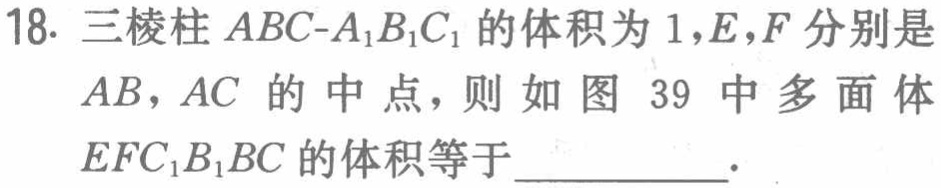
18. 三棱柱 \(ABC - A_{1}B_{1}C_{1}\) 的体积为 \(1\)，\(E,F\) 分别是 \(AB\)，\(AC\) 的中点，则如图 39 中多面体 \(EFC_{1}B_{1}BC\) 的体积等于__________.